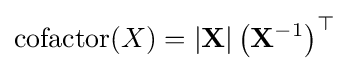
\operatorname {cofactor} (X)=|\mathbf {X} |\left(\mathbf {X} ^{-1}\right)^{\top }